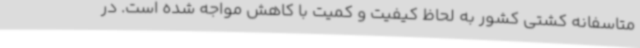
متاسفانه کشتی کشور به لحاظ کیفیت و کمیت با کاهش مواجه شده است. در